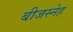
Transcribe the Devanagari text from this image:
बीजस्नेह